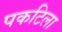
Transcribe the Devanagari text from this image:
पकटिला